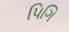
પિગિ